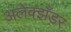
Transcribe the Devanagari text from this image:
अलेक्झँडर